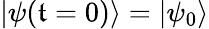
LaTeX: |\psi(\mathfrak{t}=0)\rangle=|\psi_{0}\rangle